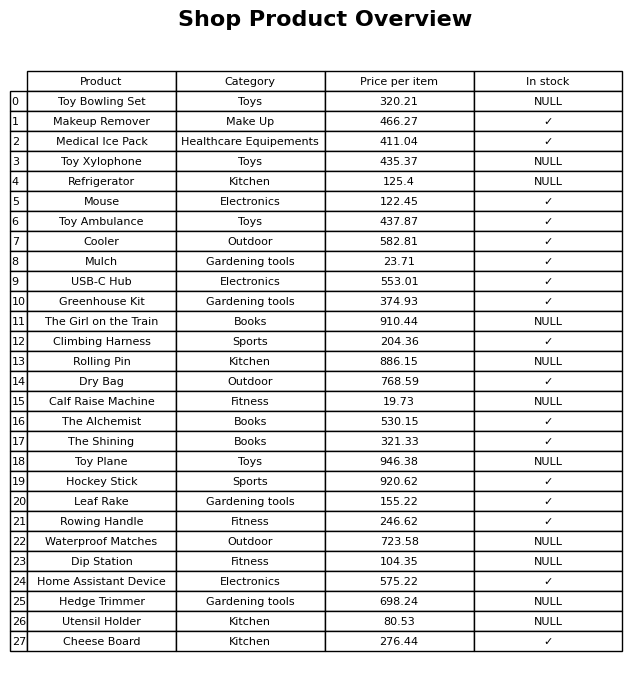
question: What is the price for Cooler?
answer: The price of Cooler is 582.81.